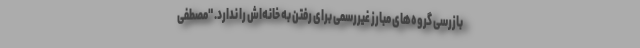
بازرسی گروه‌های مبارز غیررسمی برای رفتن به خانه‌اش را ندارد. "مصطفی